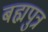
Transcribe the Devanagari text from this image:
बह्मपुत्र